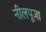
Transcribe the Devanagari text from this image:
नीलपूजा